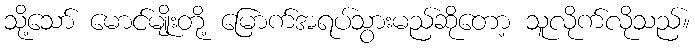
သို့သော် မောင်မျိုးတို့ မြောက်အရပ်သွားမည်ဆိုတော့ သူလိုက်လိုသည်။